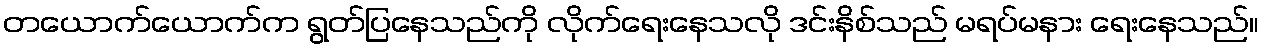
တယောက်ယောက်က ရွတ်ပြနေသည်ကို လိုက်ရေးနေသလို ဒင်းနိစ်သည် မရပ်မနား ရေးနေသည်။